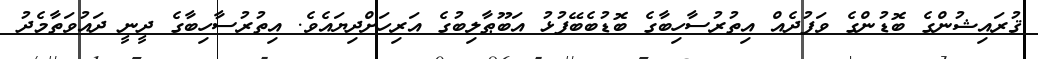
ޤުރައިޝުންގެ ބޮޑުންގެ ވަފުދެއް އިތުރުސާހިބާގެ ބޮޑުބެބޭފުޅު އަބޫޠާލިބުގެ އަރިހަށްދިޔައެވެ. އިތުރުސާހިބާގެ ދީނީ ދައުވަތާމެދު